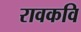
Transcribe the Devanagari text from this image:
रावकवि